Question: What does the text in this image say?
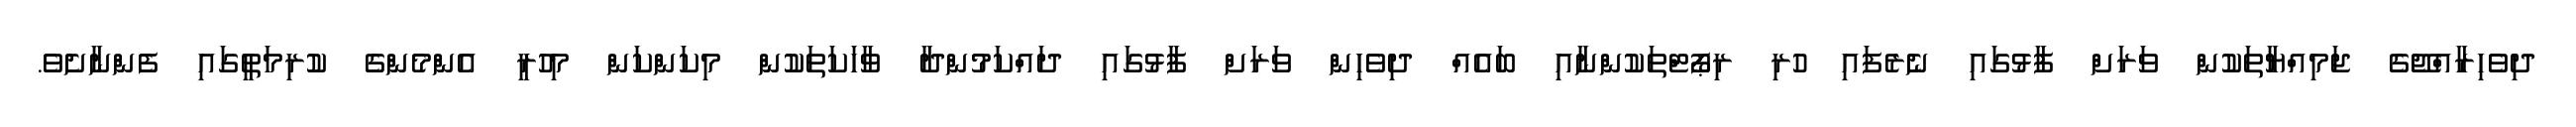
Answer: ދިވެހިރާއްޖޭގެ ޖަމިއްޔާތަކުން ވަރަށް ފާޅުގައި ނެރެފައި ހުރި ރިޕޯޓްތަކުންނާއި ބައެއް ދިވެހިން ވަރަށް ފާޅުގައި ދައްކަމުންދާ ވާހަކަތަކުން މިކަންކަން މިހުރީ އެންމެންގެ ކުރިމަތީގައި ފެންނާށެވެ.